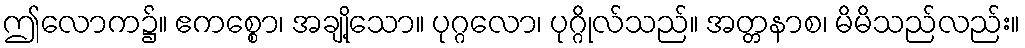
ဤလောက၌။ ဧကစ္စော၊ အချို့သော။ ပုဂ္ဂလော၊ ပုဂ္ဂိုလ်သည်။ အတ္တနာစ၊ မိမိသည်လည်း။